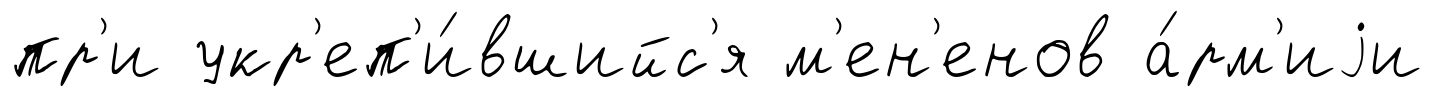
пр'и укр'еп'и́вшийс'я м'ен'енов а́рм'иjи